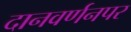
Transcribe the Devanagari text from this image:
दानवर्णनपर